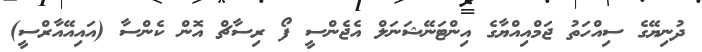
ދުނިޔޭގެ ސިއްހަތު ޖަމްއިއްޔާގެ އިންޓަނޭޝަނަލް އެޖެންސީ ފޯ ރިސާޗް އޮން ކެންސާ (އައިއޭއާރްސީ)